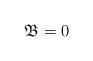
LaTeX: \begin{align*}{\mathfrak B} =0\end{align*}